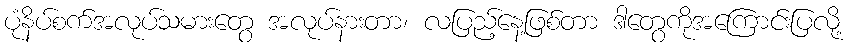
ပုံနိပ်စက်အလုပ်သမားတွေ အလုပ်နားတာ၊ လပြည့်နေ့ဖြစ်တာ ဒါတွေကိုအကြောင်းပြလို့